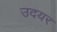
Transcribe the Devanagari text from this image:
उदयर